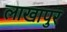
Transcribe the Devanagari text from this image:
लाखापुर